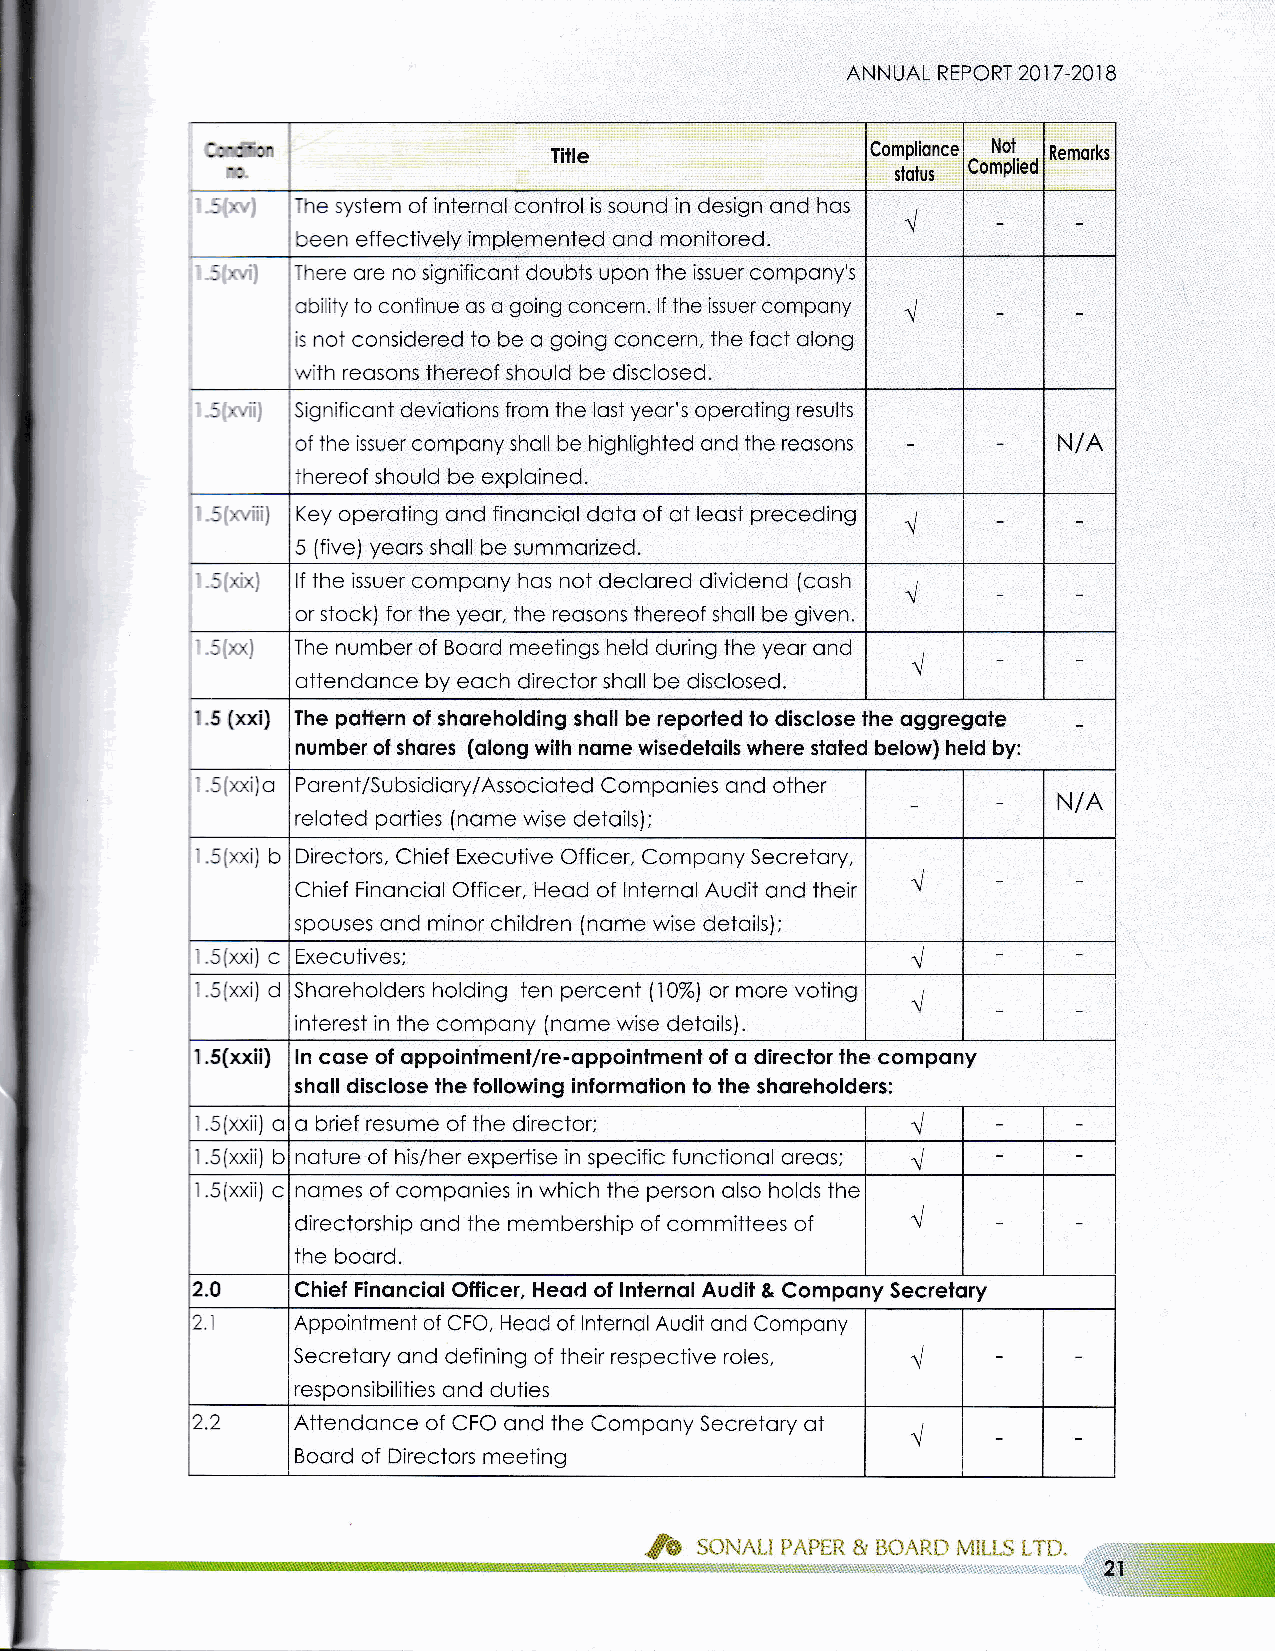
ANNUAL REPORT 2017.201 B
 Title                Complionce Not Remorks
 Complied
 stolus
 ine system of internol control is sound in design ond hos
 ceen effectively implemented ond monitored.
 There ore no significont doubts upon the issuer compony's
 obiity to continue os o going concern. lf the issuer company
 is not considered to be o going concern, the foct olong
 rwrih reosons thereof should be disclosed.
 Significont deviotions from the lost yeor's operoting results
 of the issuer compony sholl be highlighted ond the reosons N/A
 thereof should be exploined.
 Key operoting ond finonciol doto of of leost preceding
 5 (five) yeors sholl be summorized.
 : ''  lf the issuer compony hos not declored dividend (cosh
 or stock) for the yeor, the reosons thereof sholl be given
 The number of Boord meetings held during the yeor ond
 ottendonce by eoch director sholl be disclosed.
 1.5 (xxi) The poltern of shoreholding sholl be reported lo disclose lhe oggregote
 number of shores (olong wilh nome wisedeloils where sloled below) held by:
 -- , ziJn Porent/Subsidiory/Associoted Componies ond other
 N/A
 reloted porties (nome wise detoils);
 5(>xi) b Directors, Chief Executive Officer, Compony Secretory,
 Chief Finonciol Officer, Heod of lnternol Audit ond their
 spouses ond minor children (nome wise detoils);
 S(>o<iJ c Executives;
 s(xxi) d Shoreholders holding ten percenl (1An or more voting
 interest in the compony (nome wise detoils).
 1.5(xxii) ln cose of oppoinlment/re-oppointmenl of o director the compony
 sholl disclose the following informqlion to lhe shqreholders:
 '.5(xxii) o o brief resume of the director;
 .5(xxii) b noture of his/her expertise in specific functionol oreos;
 1.5(xxii) c nomes of componies in which the person olso holds the
 directorship ond the membership of committees of
 the boord.
 2.0    Chief Finonciol Officer, Heod of lnternol Audit & Compony Secrelory
 lz.t   Appointment of CFO, Heod of lnternol Audit ond Compony
 Secretory ond defining of their respective roles,
 responsibilities ond duties
 2.2    Attendonce of CFO ond the Compony Secretory ot
 Boord of Directors meeting
 W
 Jb
 soxnLr eAPER & BoARD MrLLS LTD
 I